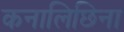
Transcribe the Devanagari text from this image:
कनालिछिना